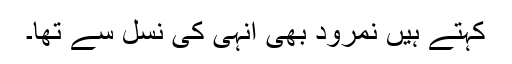
کہتے ہیں نمرود بھی انہی کی نسل سے تھا۔